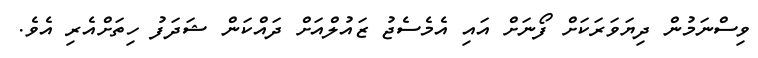
ވިސްނަމުން ދިޔަވަރަކަށް ފޯނަށް އައި އެމެސެޖު ޒައުލްއަށް ދައްކަން ޝަދަފު ހިތަށްއެރި އެވެ.